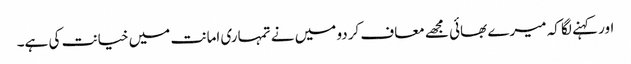
اور کہنے لگا کہ میرے بھائی مجھے معاف کردو میں نے تمہاری امانت میں خیانت کی ہے۔